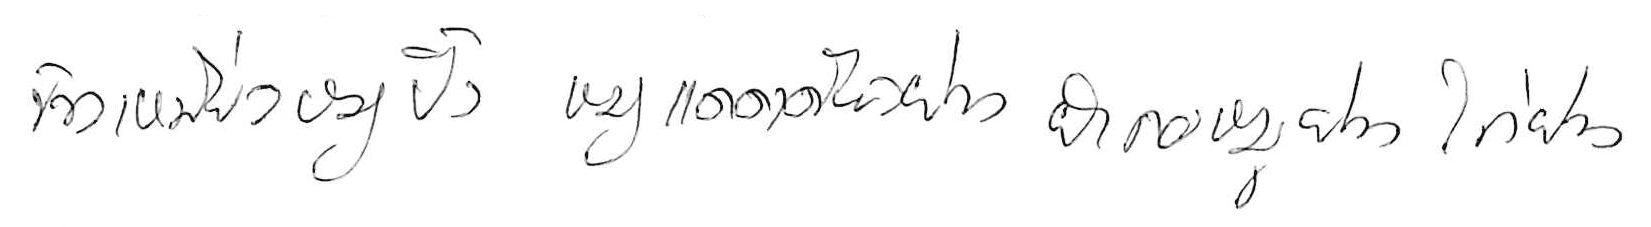
ข้าวเหนียวหมูปิ้ง หมูแดดเดียวย่าง ยำคอหมูย่าง ไก่ย่าง